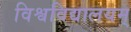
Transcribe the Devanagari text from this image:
विश्वविद्यालयम्‌